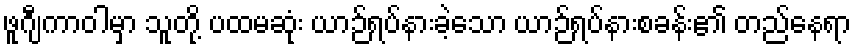
ဖူဂျီကာဝါမှာ သူတို့ ပထမဆုံး ယာဉ်ရပ်နားခဲ့သော ယာဉ်ရပ်နားစခန်း၏ တည်နေရာ